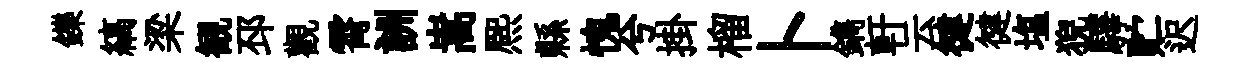
鑠縞梁観邳觀霄詶嵩熈縣愧兮掛榴卜鐫軒云徤徤塩猊驛贮迟